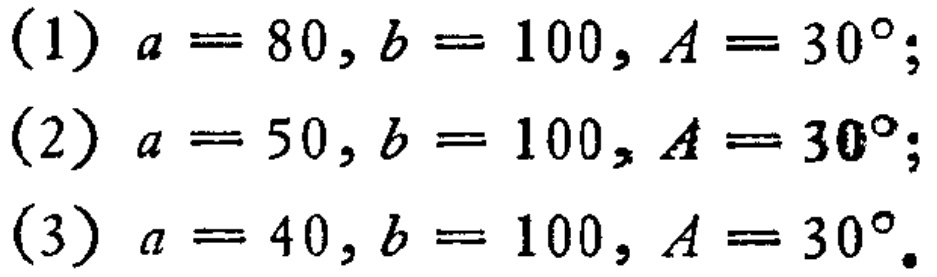
(1) \(a = 80, b = 100, A = 30^{\circ}\);
(2) \(a = 50, b = 100, A = 30^{\circ}\);
(3) \(a = 40, b = 100, A = 30^{\circ}\).